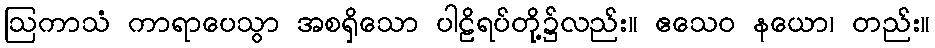
ဩကာသံ ကာရာပေသွာ အစရှိသော ပါဠိရပ်တို့၌လည်း။ ဧသေဝ နယော၊ တည်း။